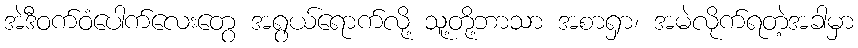
အဲဒီဝက်ဝံပေါက်လေးတွေ အရွယ်ရောက်လို့ သူ့တို့ဘာသာ အစာရှာ၊ အမဲလိုက်ရတဲ့အခါမှာ